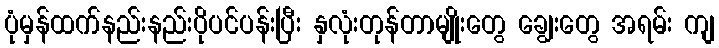
ပုံမှန်ထက်နည်းနည်းပိုပင်ပန်းပြီး နှလုံးတုန်တာမျိုးတွေ ချွေးတွေ အရမ်း ကျ